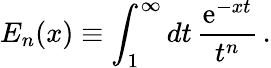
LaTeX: E_{n}(x)\equiv\int_{1}^{\infty}dt\, {\frac{\mathrm{e}^{-xt}}{t^{n}}}\, .